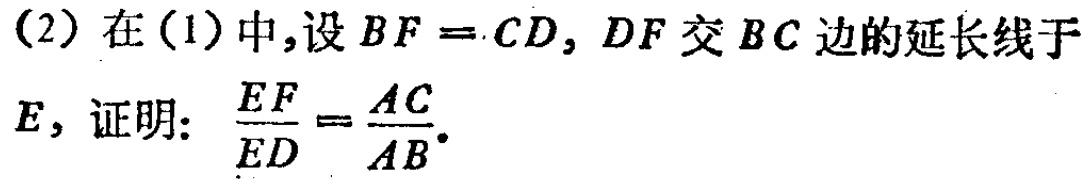
(2) 在(1)中,设 \(BF = CD\), \(DF\) 交 \(BC\) 边的延长线于 \(E\), 证明: \(\frac{EF}{ED}=\frac{AC}{AB}\).